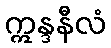
ဣန္ဒနီလံ